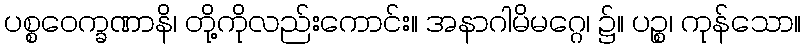
ပစ္စဝေက္ခဏာနိ၊ တို့ကိုလည်းကောင်း။ အနာဂါမိမဂ္ဂေ၊ ၌။ ပဉ္စ၊ ကုန်သော။